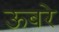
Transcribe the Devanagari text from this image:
ऊबरे